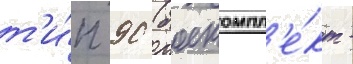
т'и́п 90 (боекомпл'е́кт -